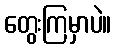
တွေးကြမှာပဲ။